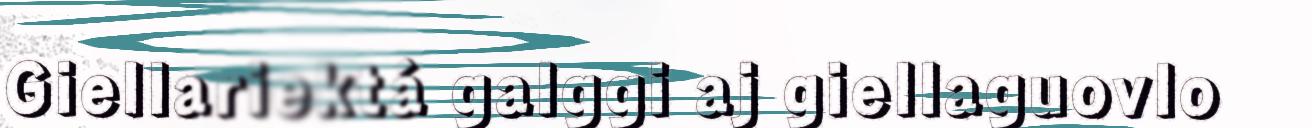
Giellariektá galggi aj giellaguovlo